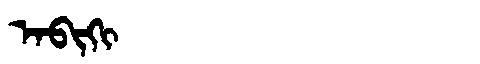
Manchu: ᠠᠪᡳᡴᡳ
Romanization: ABIKI